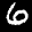
Label: 6